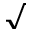
\surd